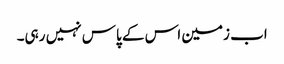
اب زمین اس کے پاس نہیں رہی۔